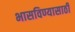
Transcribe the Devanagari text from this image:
भासविण्यासाठी